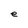
Character: e